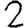
Digit: 2